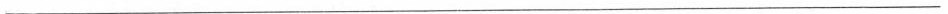
___